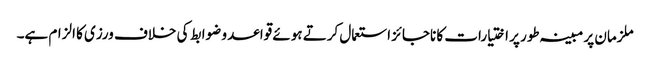
ملزمان پر مبینہ طور پر اختیارات کا ناجائز استعمال کرتے ہوئے قواعد و ضوابط کی خلاف ورزی کا الزام ہے۔